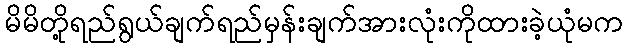
မိမိတို့ရည်ရွယ်ချက်ရည်မှန်းချက်အားလုံးကိုထားခဲ့ယုံမက